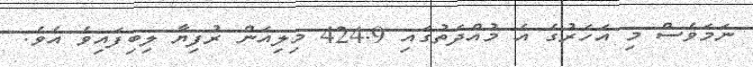
ނަމަވެސް މި އަހަރުގެ އެ މުއްދަތުގައި 424.9 މިލިއަން ރުފިޔާ ލިބިފައިވެ އެވެ.